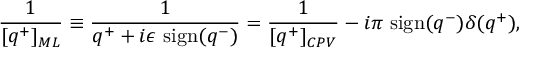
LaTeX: { \frac { 1 } { [ q ^ { + } ] _ { M L } } } \equiv { \frac { 1 } { q ^ { + } + i \epsilon \ \mathrm { s i g n } ( q ^ { - } ) } } = { \frac { 1 } { [ q ^ { + } ] _ { C P V } } } - i \pi \ \mathrm { s i g n } ( q ^ { - } ) \delta ( q ^ { + } ) ,